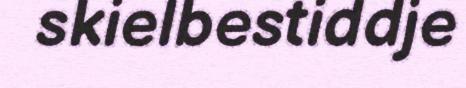
skielbestiddje